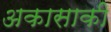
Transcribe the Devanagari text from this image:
अकासाकी